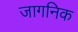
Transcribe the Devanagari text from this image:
जागनिक